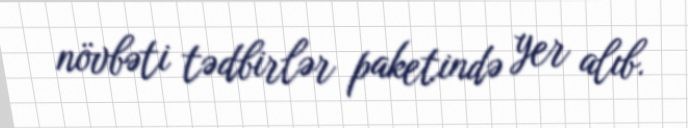
növbəti tədbirlər paketində yer alıb.